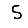
Digit: 5